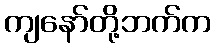
ကျနော်တို့ဘက်က